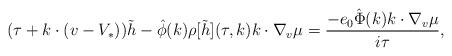
LaTeX: \begin{align*} (\tau + k\cdot (v-V_\ast)) \tilde{h}- \hat{\phi}(k) \rho[\tilde{h}](\tau,k)k\cdot \nabla_v \mu = \frac{-e_0 \hat{\Phi} (k) k \cdot\nabla_v \mu }{i\tau }, \end{align*}